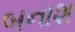
બનાશ